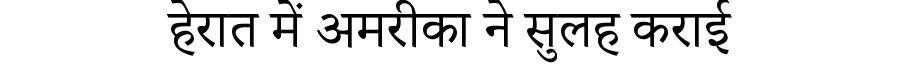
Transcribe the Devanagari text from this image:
हेरात में अमरीका ने सुलह कराई